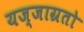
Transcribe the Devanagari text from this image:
यज्जाग्रतो